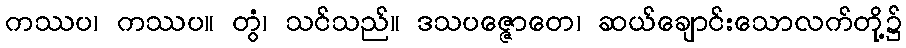
ကဿပ၊ ကဿပ။ တွံ၊ သင်သည်။ ဒသပဇ္ဇောတေ၊ ဆယ်ချောင်းသောလက်တို့၌